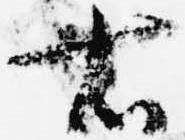
右